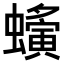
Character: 𧓒